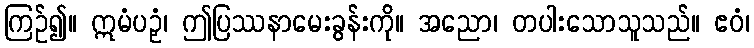
ကြဉ်၍။ ဣမံပဉှံ၊ ဤပြဿနာမေးခွန်းကို။ အညော၊ တပါးသောသူသည်။ ဧဝံ၊